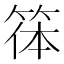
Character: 𥮋